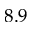
8 . 9